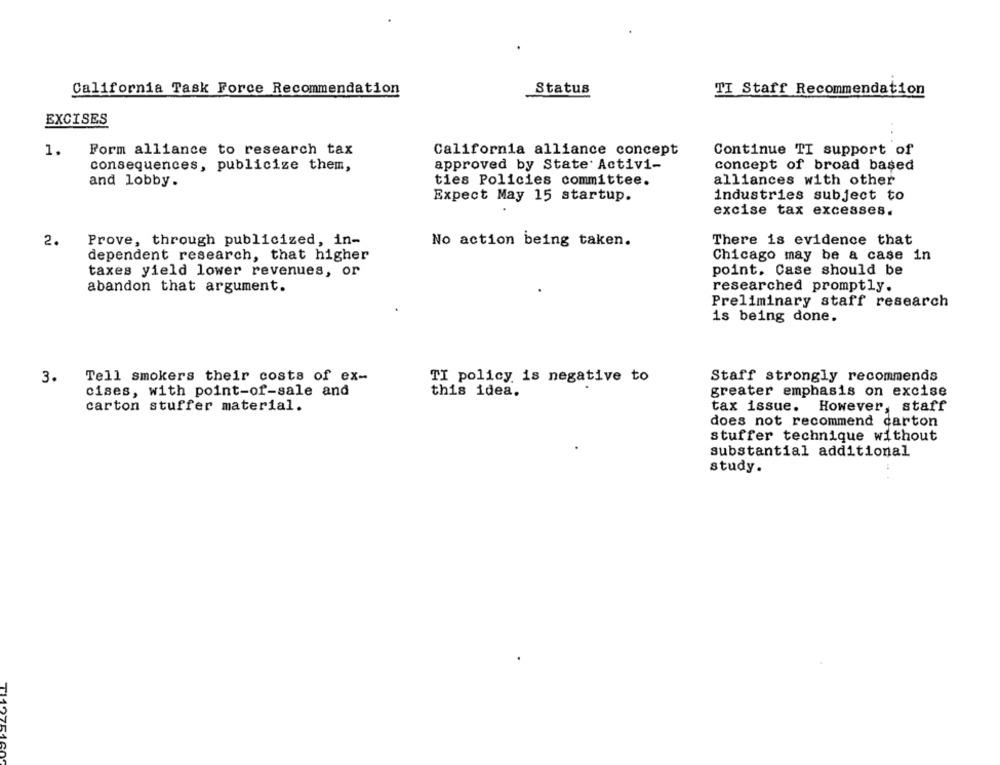
California Task Force Recommendation
Status
TI Staff Recommendation
EXCISES
1.
Form alliance to research tax
California alliance concept
Continue TI support of
consequences, publicize them,
approved by State Activi-
concept of broad based
and lobby.
ties Policies committee.
alliances with other
Expect May 15 startup.
industries subject to
excise tax excesses.
2.
Prove, through publicized, in-
No action being taken.
There is evidence that
dependent research, that higher
Chicago may be a case in
taxes yield lower revenues, or
point. Case should be
abandon that argument.
researched promptly.
Preliminary staff research
is being done.
3.
Tell smokers their costs of ex-
TI policy is negative to
Staff strongly recommends
cises, with point-of-sale and
this idea.
greater emphasis on excise
carton stuffer material.
tax issue.
However, staff
does not recommend carton
stuffer technique without
substantial additional
study.